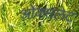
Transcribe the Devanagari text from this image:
ओक्सलेट